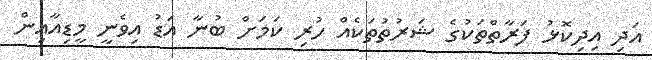
އަދި އިދިކޮޅު ފަރާތްތަކުގެ ޝަރުތުތަކެއް ހުރި ކަމަށް ބުނާ އަޑު އިވެނީ މީޑިއާއިން